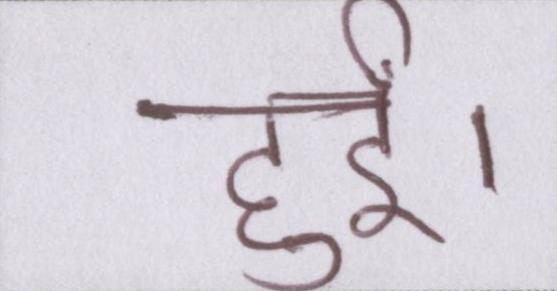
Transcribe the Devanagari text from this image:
हुईं।